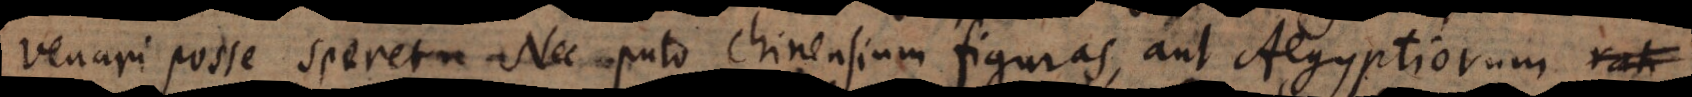
venari posse speret. Nec puto Chinensium figuras, aut Aegyptiorum rati